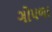
ગોપળા